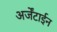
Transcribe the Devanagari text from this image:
अर्जेंटाईन